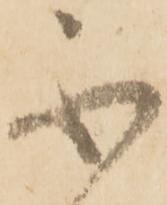
不